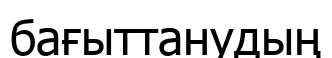
бағыттанудың